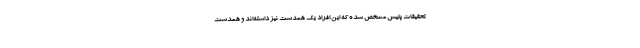
تحقیقات پلیس مشخص شده که این افراد یک همدست نیز داشته‌اند و همدست